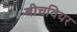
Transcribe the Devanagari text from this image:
बीचवियर